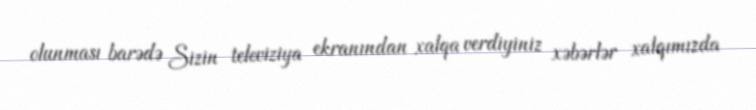
olunması barədə Sizin televiziya ekranından xalqa verdiyiniz xəbərlər xalqımızda